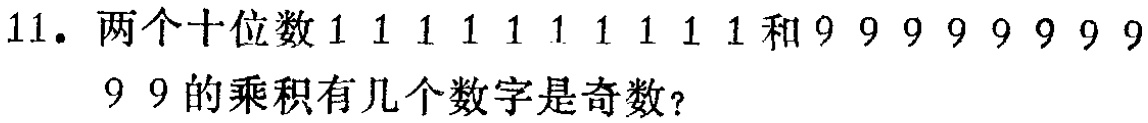
11. 两个十位数\(1111111111\)和\(9999999999\)的乘积有几个数字是奇数？